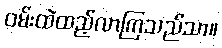
ဝမ်းထဲထည့်လာကြသည်သာ။